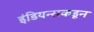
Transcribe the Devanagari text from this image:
इंडियन्सकडून